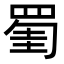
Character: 𦋅